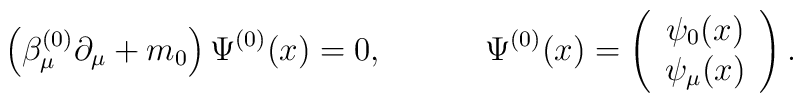
\left( \beta _\mu ^{(0)}\partial _\mu +m_0\right) \Psi^{(0)}(x)=0, \hspace{0.5in}\Psi ^{(0)}(x)=\left(\begin{array}{c}\psi_0 (x)\\\psi_\mu (x)\end{array}\right).